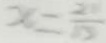
x = \frac { 2 } { 1 0 }